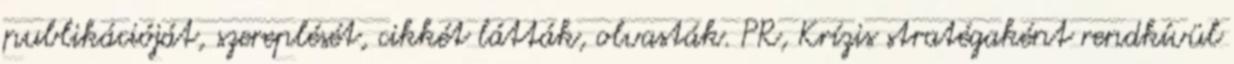
publikációját, szereplését, cikkét látták, olvasták. PR, Krízis stratégaként rendkívül